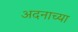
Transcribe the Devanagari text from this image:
अदनाच्या